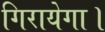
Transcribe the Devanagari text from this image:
गिरायेगा।